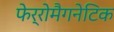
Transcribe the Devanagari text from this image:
फेर्रोमैगनेटिक